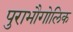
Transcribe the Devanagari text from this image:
पुराभौगोलिक